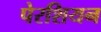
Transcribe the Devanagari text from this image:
पेरशियन